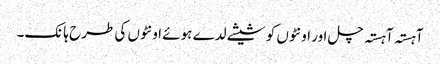
آہستہ آہستہ چل اور اونٹوں کو شیشے لدے ہوئے اونٹوں کی طرح ہانک۔